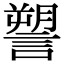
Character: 𧫋